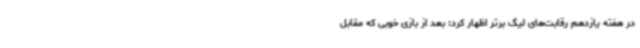
در هفته یازدهم رقابت‌های لیگ برتر اظهار کرد: بعد از بازی خوبی که مقابل